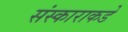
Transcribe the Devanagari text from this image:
संस्काराकडे